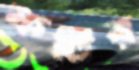
ফর্টির